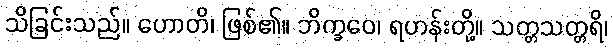
သိခြင်းသည်။ ဟောတိ၊ ဖြစ်၏။ ဘိက္ခဝေ၊ ရဟန်းတို့။ သတ္တသတ္တရိ၊